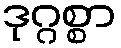
ဒုဂ္ဂစ္စာ